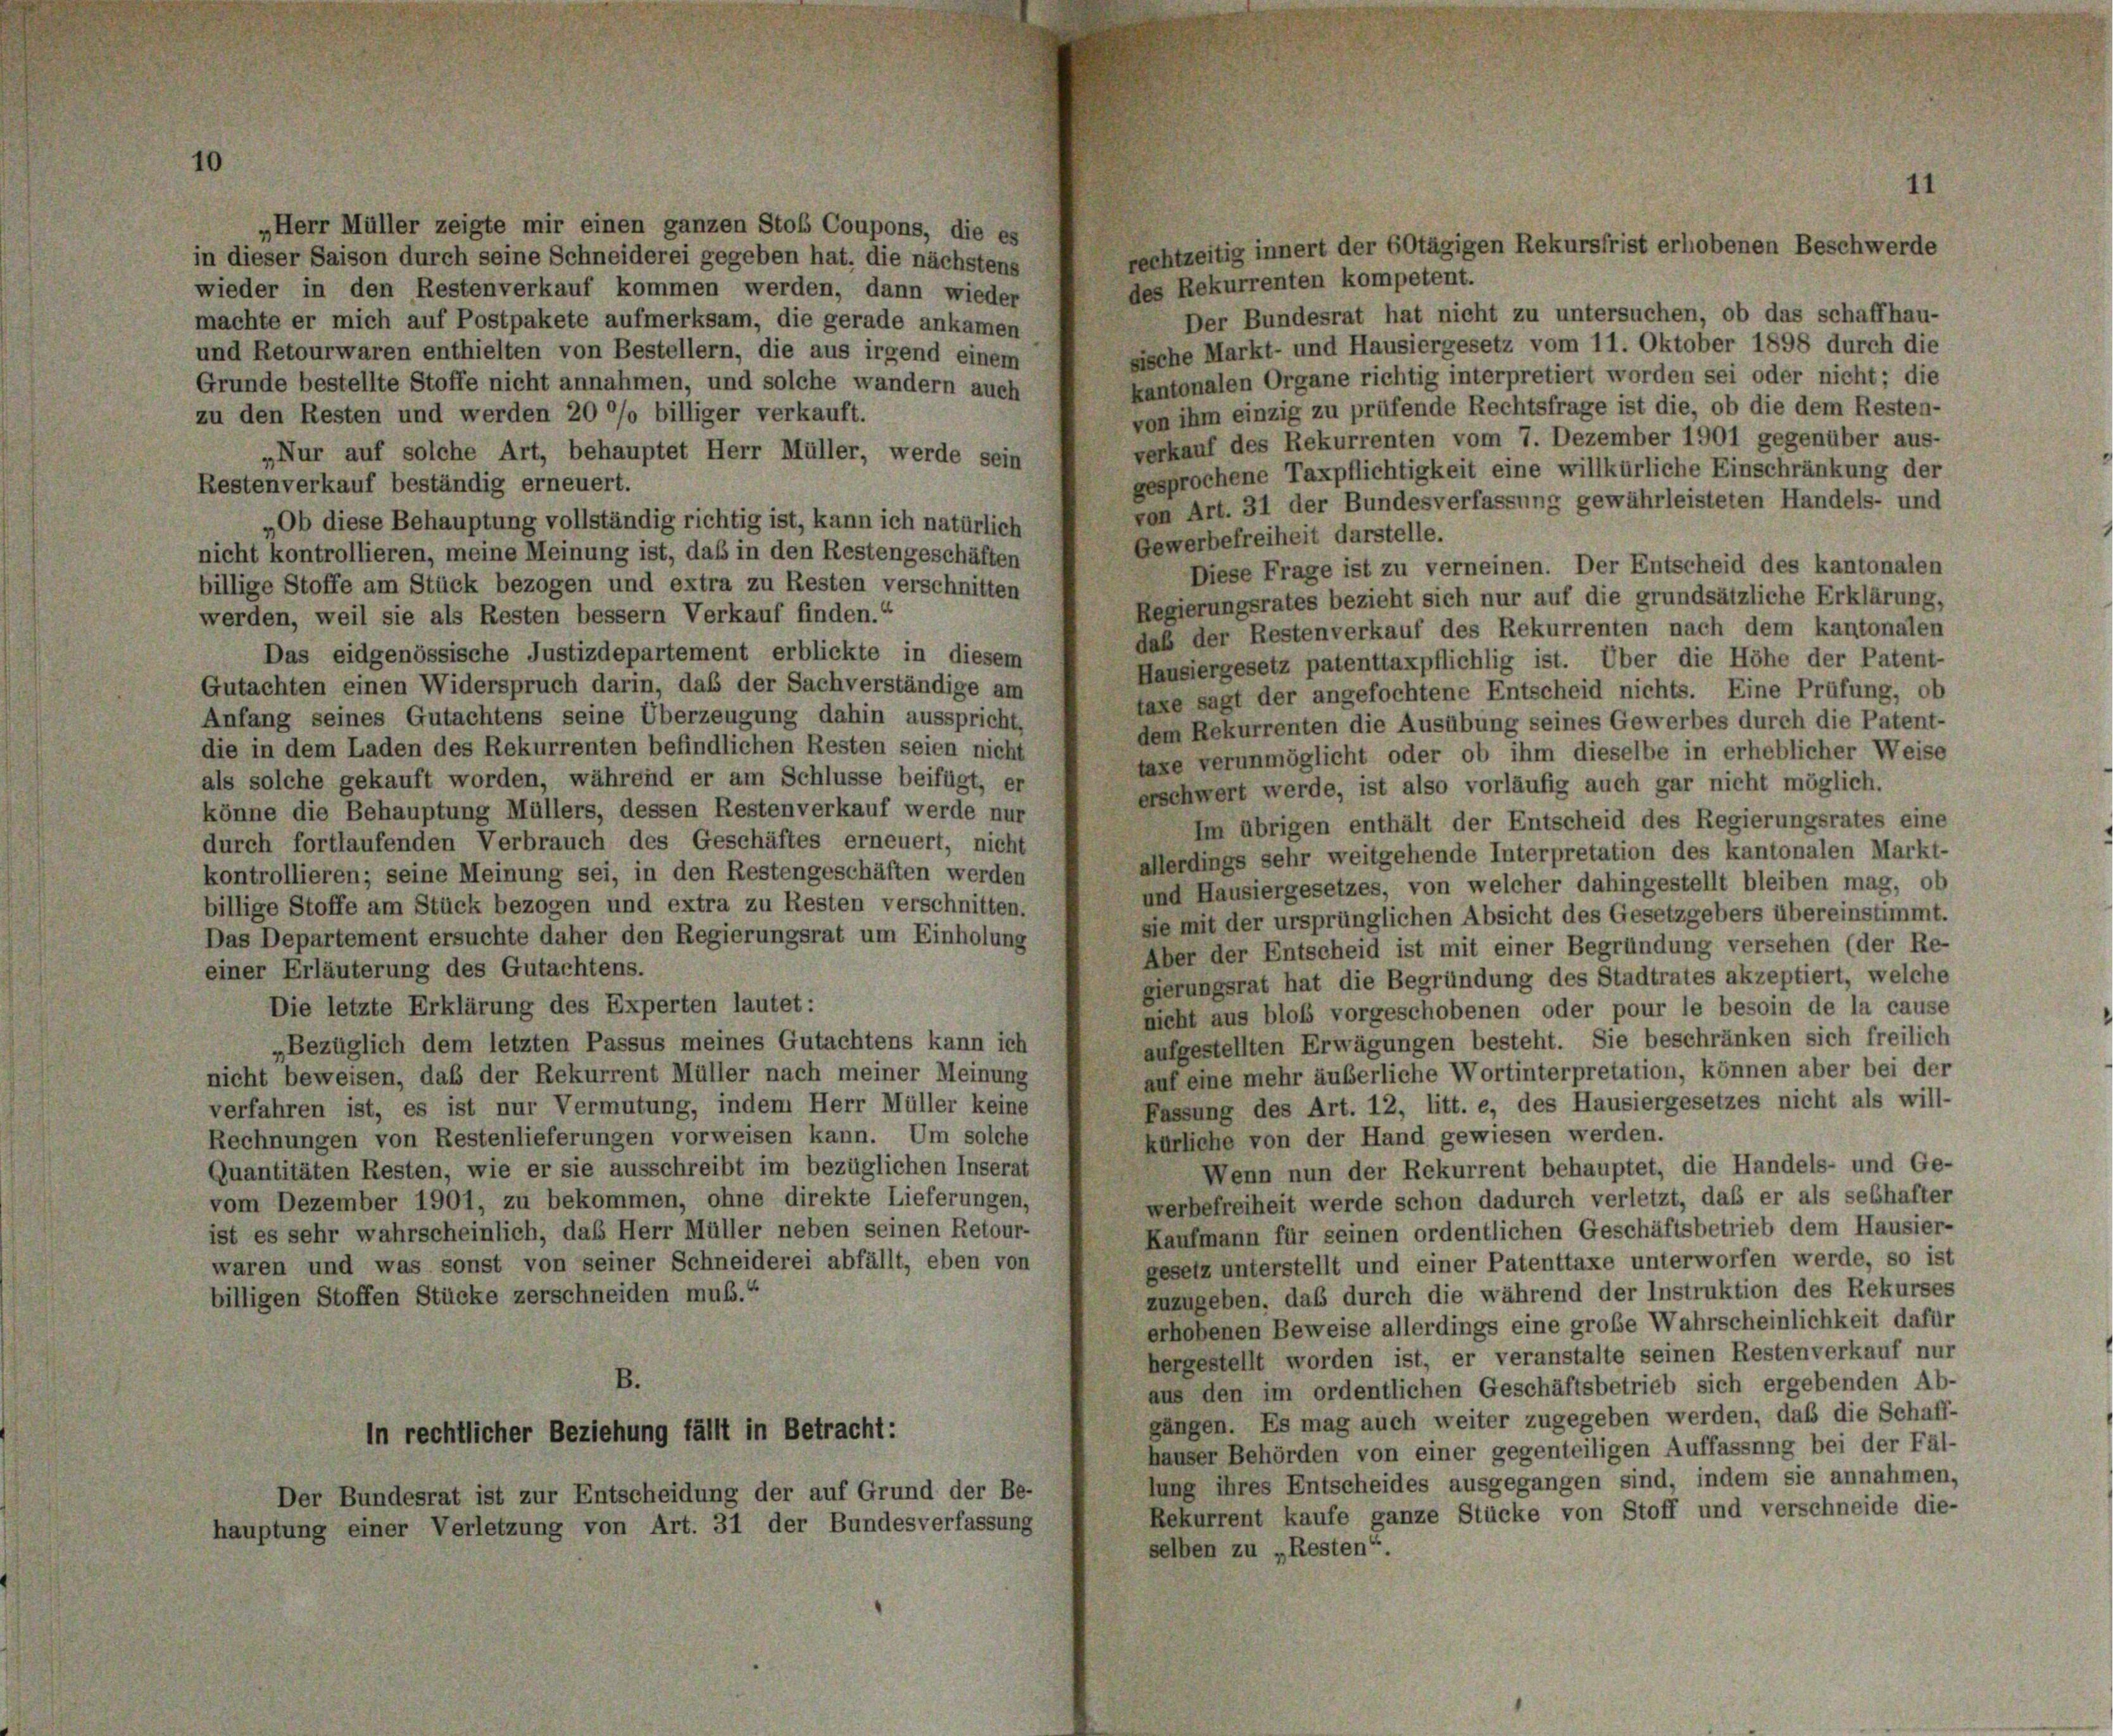
„Herr Müller zeigte mir einen ganzen Stof Coupons, die es
in dieser Saison durch seine Schneiderei gegeben hat, die nächstens
des Rekurrenten kompetent.
wieder in den Restenverkauf kommen werden, dann wieder
Der Bundesrat hat nicht zu untersuchen, ob das schaffhau-
machte er mich auf Postpakete aufmerksam, die gerade ankamen
sische Markt- und Hausiergesetz vom 11. Oktober 1898 durch die
und Retourwaren enthielten von Bestellern, die aus irgend einem
kantonalen Organe richtig interpretiert worden sei oder nicht; die
Grunde bestellte Stoffe nicht annahmen, und solche wandern auch
von ihm einzig zu prüfende Rechtsfrage ist die, ob die dem Resten-
zu den Resten und werden 20 °/o billiger verkauft.
verkauf des Rekurrenten vom 7. Dezember 1901 gegenüber aus-
„Nur auf solche Art, behauptet Herr Müller, werde sein
gesprochene Taxpflichtigkeit eine willkürliche Einschränkung der
Restenverkauf beständig erneuert.
von Art. 31 der Bundesverfassung gewährleisteten Handels- und
„Ob diese Behauptung vollständig richtig ist, kann ich natürlich
Gewerbefreiheit darstelle.
nicht kontrollieren, meine Meinung ist, daß in den Restengeschäften
Diese Frage ist zu verneinen. Der Entscheid des kantonalen
billige Stoffe am Stück bezogen und extra zu Resten verschnitten
Regierungsrates bezieht sich nur auf die grundsätzliche Erklärung,
werden, weil sie als Resten bessern Verkauf finden.“
daß der Restenverkauf des Rekurrenten nach dem kantonalen
Das eidgenössische Justizdepartement erblickte in diesem
Hausiergesetz patenttaxpflichlig ist. Über die Höhe der Patent-
Gutachten einen Widerspruch darin, daß der Sachverständige am
taxe sagt der angefochtene Entscheid nichts. Eine Prüfung, ob
Anfang seines Gutachtens seine Überzeugung dahin ausspricht,
dem Rekurrenten die Ausübung seines Gewerbes durch die Patent-
die in dem Laden des Rekurrenten befindlichen Resten seien nicht
taxe verunmöglicht oder ob ihm dieselbe in erheblicher Weise
als solche gekauft worden, während er am Schlüsse beifügt, er
erschwert werde, ist also vorläufig auch gar nicht möglich.
könne die Behauptung Müllers, dessen Restenverkauf werde nur
Im übrigen enthält der Entscheid des Regierungsrates eine
durch fortlaufenden Verbrauch des Geschäftes erneuert, nicht
allerdings sehr weitgehende Interpretation des kantonalen Markt-
kontrollieren; seine Meinung sei, in den Restengeschäften werden
und Hausiergesetzes, von welcher dahingestellt bleiben mag, ob
billige Stoffe am Stück bezogen und extra zu Resten verschnitten.
sie mit der ursprünglichen Absicht des Gesetzgebers übereinstimmt.
Das Departement ersuchte daher den Regierungsrat um Einholung
Aber der Entscheid ist mit einer Begründung versehen (der Re-
einer Erläuterung des Gutachtens.
gierungsrat hat die Begründung des Stadtrates akzeptiert, welche
Die letzte Erklärung des Experten lautet:
nicht aus bloss vorgeschobenen oder pour le besoin de la cause
aufgestellten Erwägungen besteht. Sie beschränken sich freilich
Bezüglich dem letzten Passus meines Gutachtens kann ich
auf eine mehr äußerliche Wortinterpretation, können aber bei der
nicht beweisen, daß der Rekurrent Müller nach meiner Meinung
Fassung des Art. 12, litt. e, des Hausiergesetzes nicht als will-
verfahren ist, es ist nur Vermutung, indem Herr Müller keine
kürliche von der Hand gewiesen werden.
Rechnungen von Restenlieferungen vorweisen kann. Um solche
Wenn nun der Rekurrent behauptet, die Handels- und Ge-
Quantitäten Resten, wie er sie ausschreibt im bezüglichen Inserat
werbefreiheit werde schon dadurch verletzt, daß er als sebhafter
vom Dezember 1901, zu bekommen, ohne direkte Lieferungen,
ist es sehr wahrscheinlich, das Herr Müller neben seinen Retour-
Kaufmann für seinen ordentlichen Geschäftsbetrieb dem Hausier-
waren und was sonst von seiner Schneiderei abfällt, eben von
gesetz unterstellt und einer Patenttaxe unterworfen werde, so ist
zuzugeben, daß durch die während der Instruktion des Rekurses
billigen Stoffen Stücke zerschneiden muß.“
erhobenen Beweise allerdings eine große Wahrscheinlichkeit dafür
hergestellt worden ist, er veranstalte seinen Restenverkauf nur
B.
aus den im ordentlichen Geschäftsbetrieb sich ergebenden Ab-
gängen. Es mag auch weiter zugegeben werden, daß die Schaff-
in rechtlicher Beziehung fällt in Betracht:
hauser Behörden von einer gegenteiligen Auffassung bei der Fäl-
lung ihres Entscheides ausgegangen sind, indem sie annahmen,
Der Bundesrat ist zur Entscheidung der auf Grund der Be-
Rekurrent kaufe ganze Stücke von Stoff und verschneide die-
hauptung einer Verletzung von Art. 31 der Bundesverfassung
selben zu „Resten“.

rechtzeitig innert der 6Otägigen Rekursfrist erhobenen Beschwerde